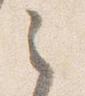
之